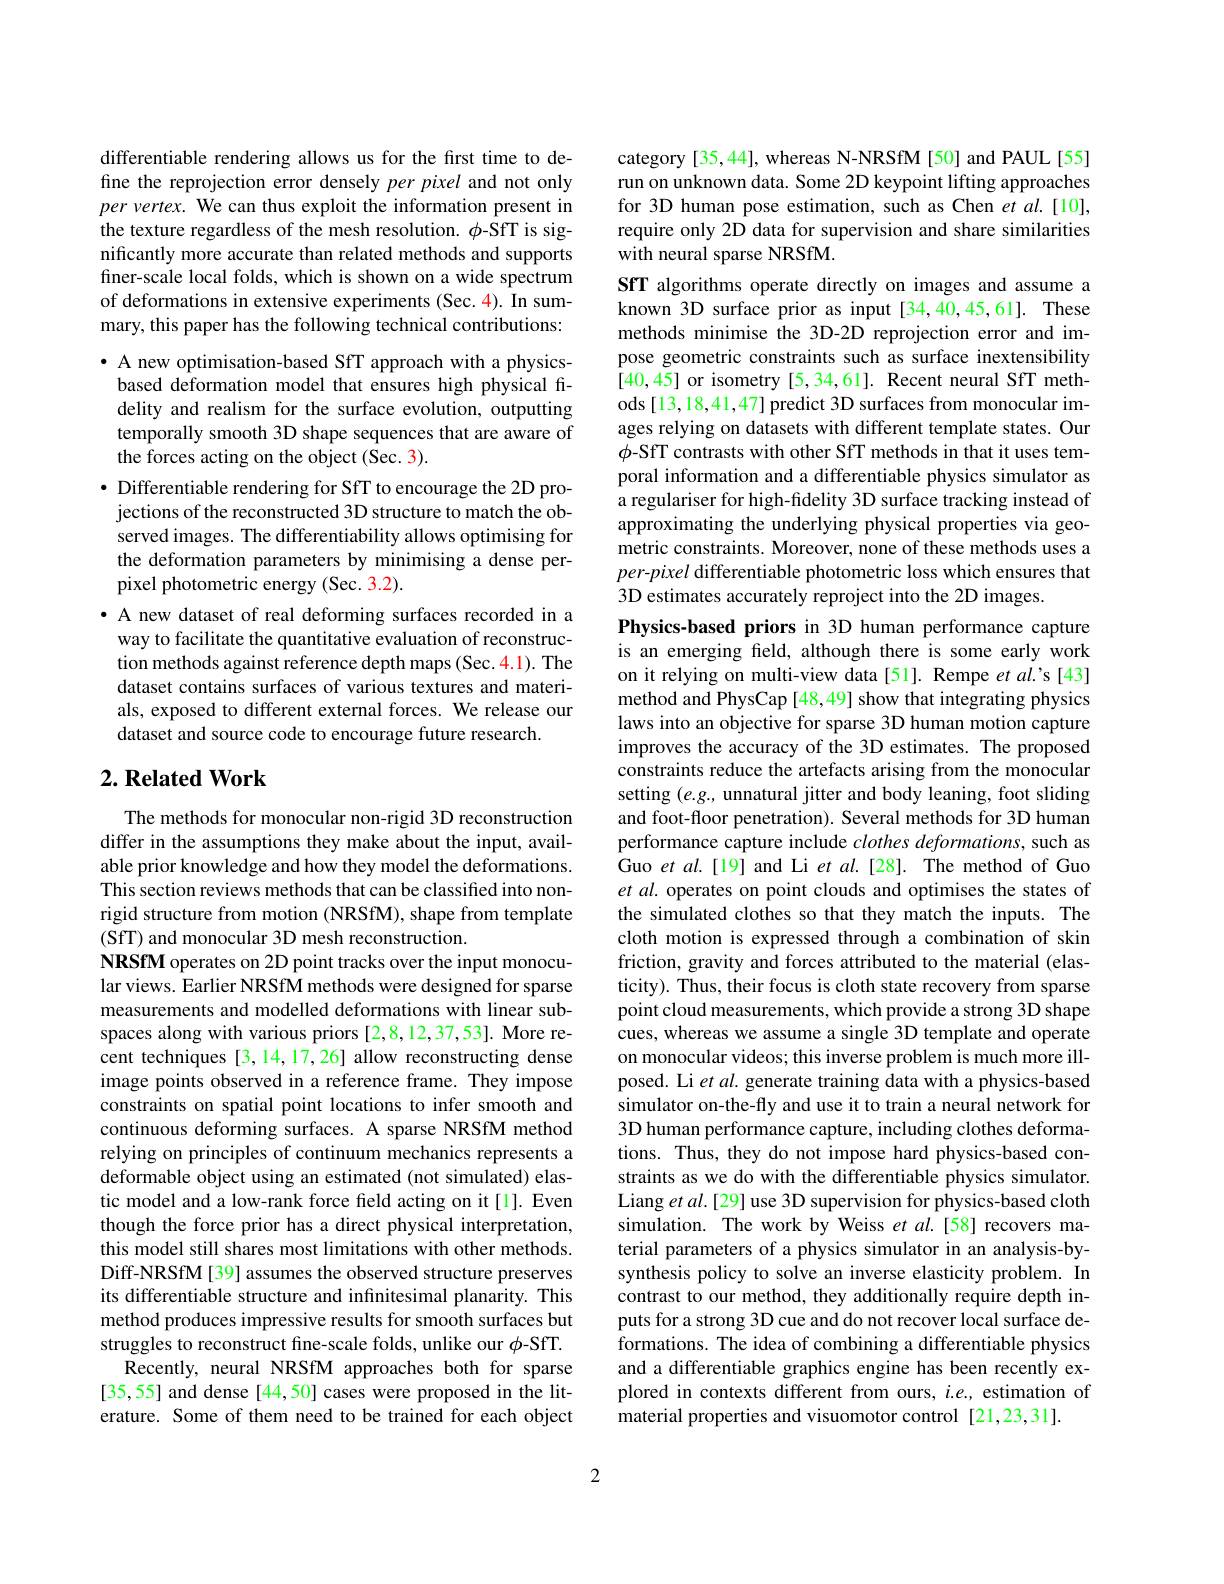
differentiable rendering allows us for the first time to define the reprojection error densely per pixel and not only per vertex. We can thus exploit the information present in the texture regardless of the mesh resolution. $\phi$-SfT is significantly more accurate than related methods and supports finer-scale local folds, which is shown on a wide spectrum of deformations in extensive experiments (Sec. 4). In summary, this paper has the following technical contributions:

$\bullet$ A new optimisation-based SfT approach with a physics-
based deformation model that ensures high physical fidelity and realism for the surface evolution, outputting temporally smooth 3D shape sequences that are aware of the forces acting on the object (Sec. 3).
$\bullet$ Differentiable rendering for SfT to encourage the 2D projections of the reconstructed 3D structure to match the observed images. The differentiability allows optimising for the deformation parameters by minimising a dense perpixel photometric energy (Sec. 3.2).
· A new dataset of real deforming surfaces recorded in a way to facilitate the quantitative evaluation of reconstruction methods against reference depth maps(Sec.4.1). The dataset contains surfaces of various textures and materials, exposed to different external forces. We release our dataset and source code to encourage future research.

## $2. \textbf{Related Work}$

The methods for monocular non-rigid 3D reconstruction differ in the assumptions they make about the input, available prior knowledge and how they model the deformations. This section reviews methods that can be classified into nonrigid structure from motion (NRSfM), shape from template (SfT) and monocular 3D mesh reconstruction.
NRSfM operates on 2D point tracks over the input monocular views. Earlier NRSfM methods were designed for sparse measurements and modelled deformations with linear subspaces along with various priors [2,8,12,37,53]. More recent techniques [3,14,17,26] allow reconstructing dense image points observed in a reference frame. They impose constraints on spatial point locations to infer smooth and continuous deforming surfaces. A sparse NRSfM method relying on principles of continuum mechanics represents a deformable object using an estimated (not simulated) elastic model and a low-rank force feld acting on it[l]. Even though the force prior has a direct physical interpretation, this model still shares most limitations with other methods. Diff-NRSfM[39] assumes the observed structure preserves its differentiable structure and infinitesimal planarity. This method produces impressive results for smooth surfaces but struggles to reconstruct fine-scale folds, unlike our $\phi$-SfT.
Recently, neural NRSfM approaches both for sparse [35,55] and dense [44,50] cases were proposed in the literature. Some of them need to be trained for each object

category [35,44], whereas N-NRSfM [50] and PAUL [55] run on unknown data. Some 2D keypoint lifting approaches for 3D human pose estimation, such as Chen et $al.[10]$, require only 2D data for supervision and share similarities with neural sparse NRSfM.
SfT algorithms operate directly on images and assume a known 3D surface prior as input[34,40,45,61]. These methods minimise the 3D-2D reprojection error and impose geometric constraints such as surface inextensibility [40,45] or isometry [5,34,61]. Recent neural SfT methods [13,18,41,47] predict 3D surfaces from monocular images relying on datasets with different template states. Our $\phi$-SfT contrasts with other SfT methods in that it uses temporal information and a differentiable physics simulator as a regulariser for high-fidelity 3D surface tracking instead of approximating the underlying physical properties via geometric constraints. Moreover, none of these methods uses a per-pixel differentiable photometric loss which ensures that 3D estimates accurately reproject into the 2D images
Physics-based priors in 3D human performance capture

is an emerging feld, although there is some early work on it relying on multi-view data[51]. Rempe et al.'s[43] method and PhysCap [48,49] show that integrating physics laws into an objective for sparse 3D human motion capture improves the accuracy of the 3D estimates. The proposed constraints reduce the artefacts arising from the monocular setting $(e.g.$, unnatural jitter and body leaning, foot sliding and foot-floor penetration). Several methods for 3D human performance capture include clothes deformations, such as Guo et al.[19] and Li et al.[28]. The method of Guo et al. operates on point clouds and optimises the states of the simulated clothes so that they match the inputs. The cloth motion is expressed through a combination of skin friction, gravity and forces attributed to the material (elasticity). Thus, their focus is cloth state recovery from sparse point cloud measurements, which provide a strong 3D shape cues, whereas we assume a single 3D template and operate on monocular videos; this inverse problem is much more illposed. Li et al. generate training data with a physics-based simulator on-the-fly and use it to train a neural network for 3D human performance capture, including clothes deformations. Thus, they do not impose hard physics-based constraints as we do with the differentiable physics simulator. Liang et al.[29] use 3D supervision for physics-based cloth simulation. The work by Weiss et al.[58] recovers material parameters of a physics simulator in an analysis-bysynthesis policy to solve an inverse elasticity problem. In contrast to our method, they additionally require depth inputs for a strong 3D cue and do not recover local surface deformations. The idea of combining a differentiable physics and a differentiable graphics engine has been recently explored in contexts different from ours, $i.e.$, estimation of material properties and visuomotor control [21,23,31].

2